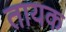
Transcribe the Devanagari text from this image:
तायक